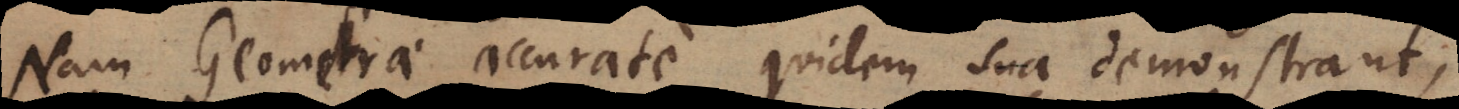
Nam Geometrae accurate quidem sua demonstrant;